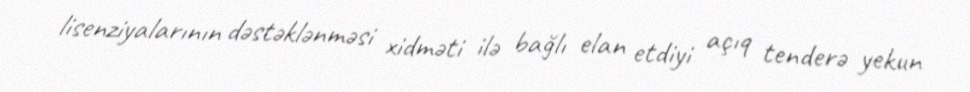
lisenziyalarının dəstəklənməsi xidməti ilə bağlı elan etdiyi açıq tenderə yekun